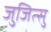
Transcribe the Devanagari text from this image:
जुजित्सु